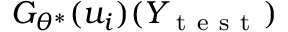
G _ { \theta ^ { * } } ( u _ { i } ) ( Y _ { \mathrm { ~ t ~ e ~ s ~ t ~ } } )